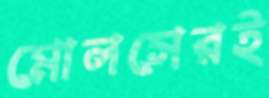
মোলসেরই